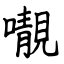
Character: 𡃁